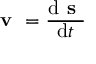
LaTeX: { \textbf { v } } = { \frac { \mathrm { d } { \textbf { s } } } { \mathrm { d } t } }